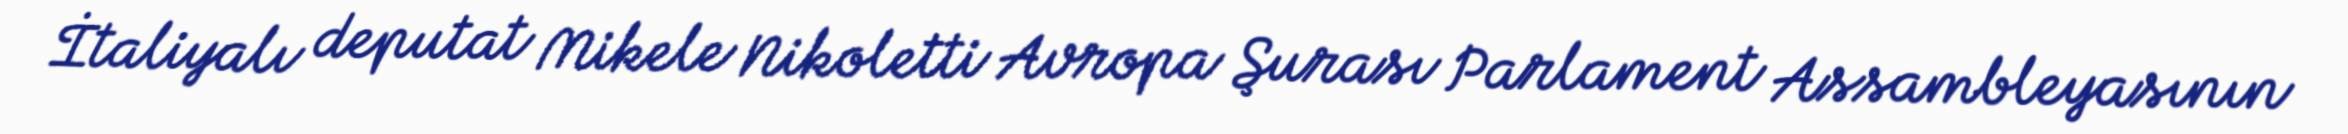
İtaliyalı deputat Mikele Nikoletti Avropa Şurası Parlament Assambleyasının